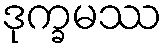
ဒုက္ခမဿ